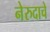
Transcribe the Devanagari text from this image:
नेरुदाचे